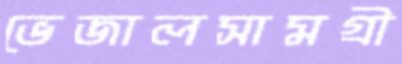
ভেজালসামগ্রী